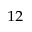
_ { 1 2 }